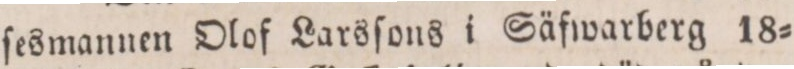
ſesmannen Olof Larsſons i Säfwarberg 18=